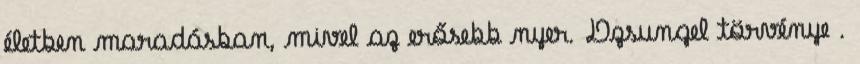
életben maradásban, mivel az erősebb nyer. Dzsungel törvénye .